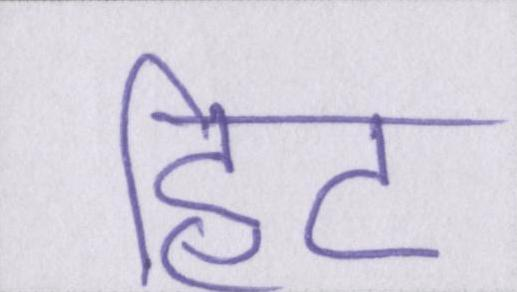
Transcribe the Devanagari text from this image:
हिट